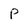
Character: p